Annual report on the lock hospitals of the Madras Presidency
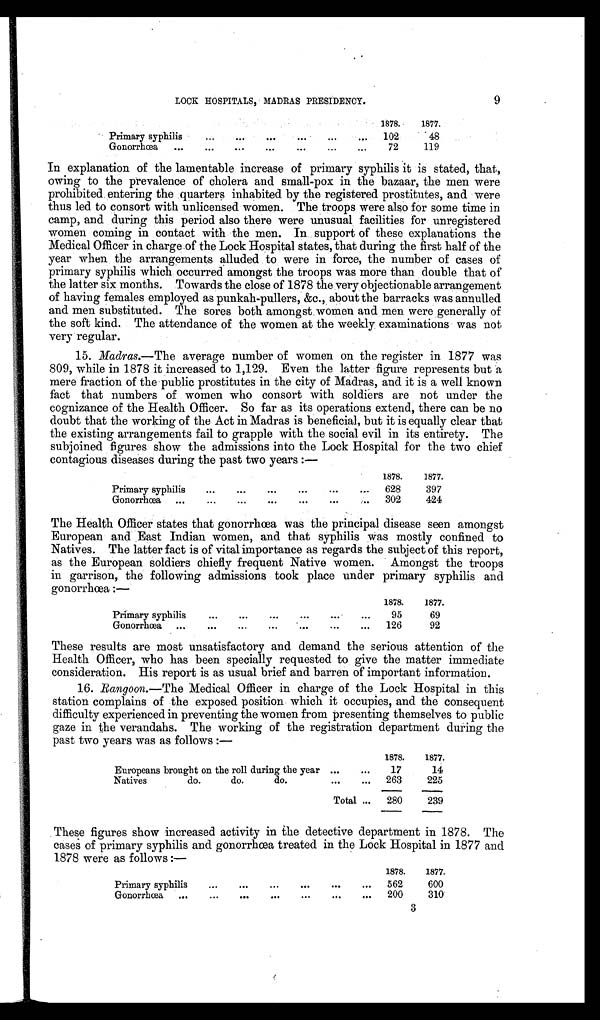
9
LOCK HOSPITALS, MADRAS PRESIDENCY.
1878.
1877.
Primary syphilis
...
...
... ... ... ...
102
48
Gonorrhœa ...
... ... ... ... ... ...
7 2 119
In explanation of the lamentable increase of primary syphilis it is stated, that,
owing to the prevalence of cholera and small-pox in the bazaar, the men were
prohibited entering the quarters inhabited by the registered prostitutes, and were
thus led to consort with unlicensed women. The troops were also for some time in
camp, and during this period also there were unusual facilities for unregistered
women coming in contact with the men. In support of these explanations the
Medical Officer in charge of the Lock Hospital states, that during the first half of the
year when the arrangements alluded to were in force, the number of cases of
primary syphilis which occurred amongst the troops was more than double that of
the latter six months. Towards the close of 1878 the very objectionable arrangement
of having females employed as punkah-pullers, &c., about the barracks was annulled
and men substituted. The sores both amongst women and men were generally of
the soft kind. The attendance of the women at the weekly examinations was not
very regular.
15. Madras.— The average number of women on the register in 1877 was
809, while in 1878 it increased to 1,129. Even the latter figure represents but a
mere fraction of the public prostitutes in the city of Madras, and it is a well known
fact that numbers of women who consort with soldiers are not under the
cognizance of the Health Officer. So far as its operations extend, there can be no
doubt that the working of the Act in Madras is beneficial, but it is equally clear that
the existing arrangements fail to grapple with the social evil in its entirety. The
subjoined figures show the admissions into the Lock Hospital for the two chief
contagious diseases during the past two years:—
1878.
1877.
Primary syphilis
...
...
...
...
...
... 628
397
Gonorrhœa ...
...
...
...
...
...
. . . 302
424
The Health Officer states that gonorrhœa was the principal disease seen amongst
European and East Indian women, and that syphilis was mostly confined to
Natives. The latter fact is of vital importance as regards the subject of this report,
as the European soldiers chiefly frequent Native women. Amongst the troops
in garrison, the following admissions took place under primary syphilis and
g o n o r r h œ a : —
1878.
1877.
Primary syphilis
...
...
...
...
...
. . .
95
69
Gonorrhœa ...
...
...
...
...
...
... 126
92
These results are most unsatisfactory and demand the serious attention of the
Health Officer, who has been specially requested to give the matter immediate
consideration. His report is as usual brief and barren of important information.
16. Rangoon.— The Medical Officer in charge of the Lock Hospital in this
station complains of the exposed position which it occupies, and the consequent
difficulty experienced in preventing the women from presenting themselves to public
gaze in the verandahs. The working of the registration department during the
past two years was as follows:—
1878.
1877.
Europeans brought on the roll during the year ...
...
17
14
Natives
do.
do.
do.
...
. . .
263
225
Total ...
280
239
These figures show increased activity in the detective department in 1878. The
cases of primary syphilis and gonorrhœa treated in the Lock Hospital in 1877 and
1878 were as follows:—
1878.
1877.
Primary syphilis
...
...
...
...
...
... 562
600
Gonorrhœa ...
...
...
...
...
...
. . .
200
310
3